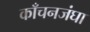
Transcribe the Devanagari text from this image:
काँचनजंघा